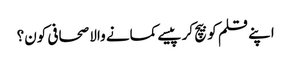
اپنے قلم کو بیچ کر پیسے کمانے والا صحافی کون؟